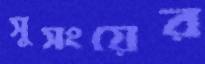
সুসংয়ের